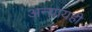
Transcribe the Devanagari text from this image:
अन्यायही